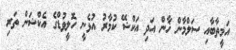
އަމީތާބާއި ސަލްމާން ޚާން އަދި އަކްޝޭ ކުމާރު އުޅެނީ ހޮލީވުޑްގެ އެކްޝަން ތަރި